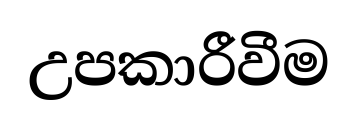
උපකාරීවීම